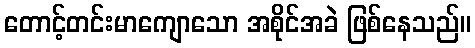
တောင့်တင်းမာကျောသော အစိုင်အခဲ ဖြစ်နေသည်။